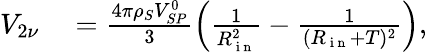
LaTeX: \begin{array}{rl}{V_{2\nu}}&{{}=\frac{4\pi\rho_{S}V_{SP}^{0}}{3}\left(\frac{1}{R_{\mathrm{~i~n~}}^{2}}-\frac{1}{(R_{\mathrm{~i~n~}}+T)^{2}}\right),}\end{array}